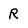
Character: R